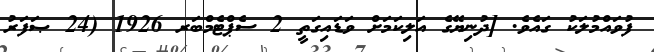
ފުވައްމުލަކު ގައެވެ. [ދުނިޔޭގެ އަލިކަމަށް ވަޑައިގަތީ 2 ސެޕްޓެމްބަރ 1926 (24 ޞަފަރު